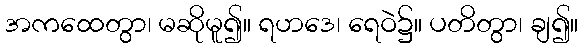
အကထေတွာ၊ မဆိုမူ၍။ ရဟဒေ၊ ရေဝဲ၌။ ပတိတွာ၊ ချ၍။